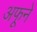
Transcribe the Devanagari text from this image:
अफूने